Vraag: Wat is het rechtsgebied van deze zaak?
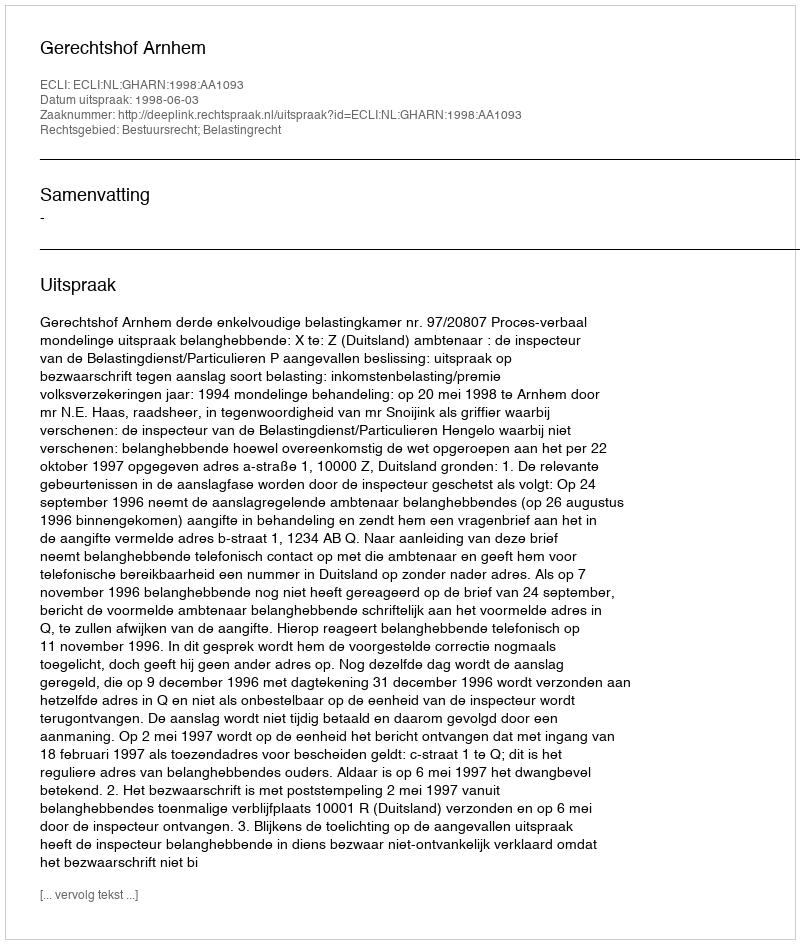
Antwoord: Bestuursrecht; Belastingrecht